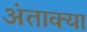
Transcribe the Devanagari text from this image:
अंताक्या